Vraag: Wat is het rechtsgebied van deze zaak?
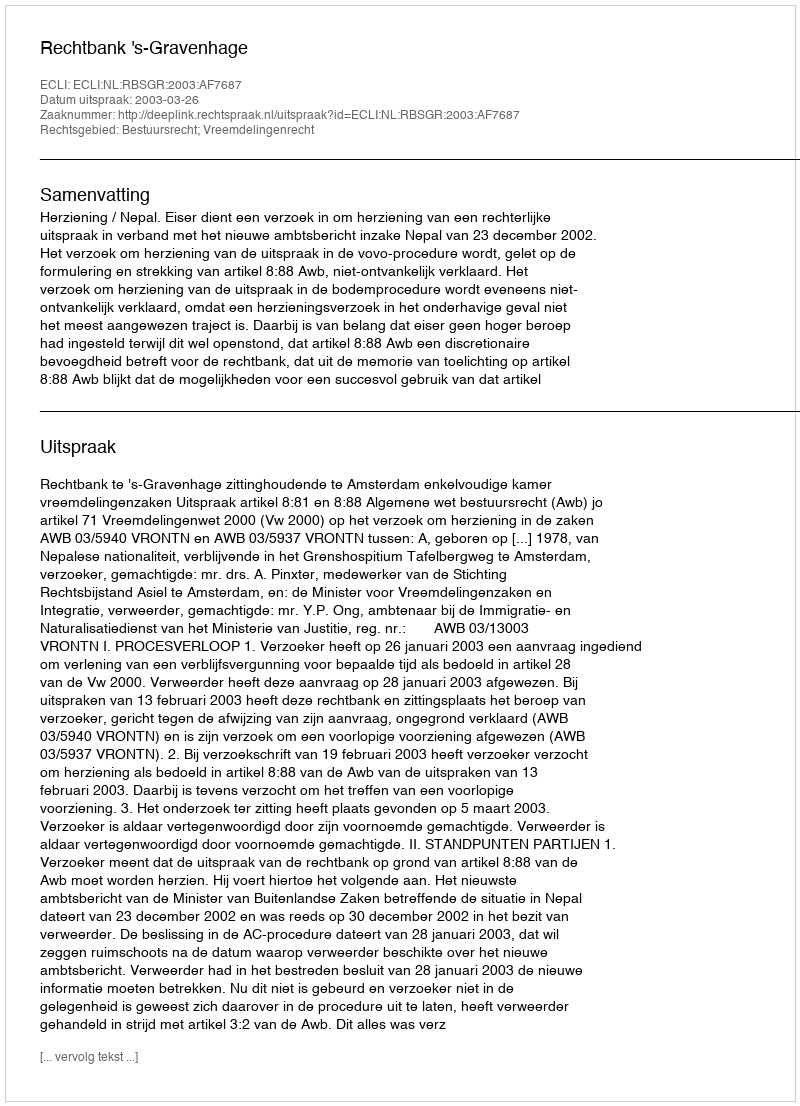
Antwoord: Bestuursrecht; Vreemdelingenrecht